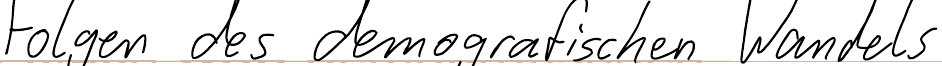
Folgen des demografischen Wandels